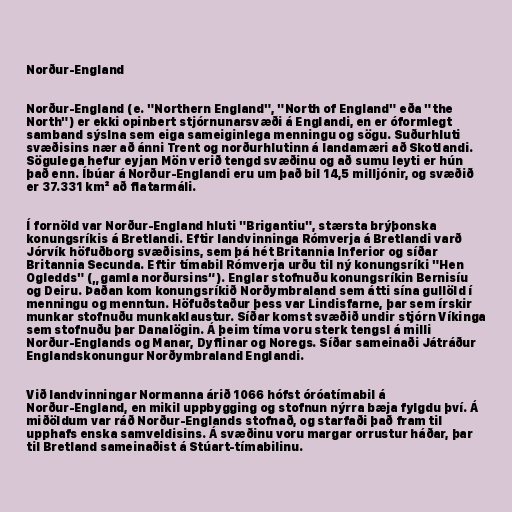
Norður-England

Norður-England (e. "Northern England", "North of England" eða "the
North") er ekki opinbert stjórnunarsvæði á Englandi, en er óformlegt
samband sýslna sem eiga sameiginlega menningu og sögu. Suðurhluti
svæðisins nær að ánni Trent og norðurhlutinn á landamæri að Skotlandi.
Sögulega hefur eyjan Mön verið tengd svæðinu og að sumu leyti er hún
það enn. Íbúar á Norður-Englandi eru um það bil 14,5 milljónir, og svæðið
er 37.331 km² að flatarmáli.

Í fornöld var Norður-England hluti "Brigantiu", stærsta brýþonska
konungsríkis á Bretlandi. Eftir landvinninga Rómverja á Bretlandi varð
Jórvík höfuðborg svæðisins, sem þá hét Britannia Inferior og síðar
Britannia Secunda. Eftir tímabil Rómverja urðu til ný konungsríki "Hen
Ogledds" („gamla norðursins“). Englar stofnuðu konungsríkin Bernisíu
og Deiru. Þaðan kom konungsríkið Norðymbraland sem átti sína gullöld í
menningu og menntun. Höfuðstaður þess var Lindisfarne, þar sem írskir
munkar stofnuðu munkaklaustur. Síðar komst svæðið undir stjórn Víkinga
sem stofnuðu þar Danalögin. Á þeim tíma voru sterk tengsl á milli
Norður-Englands og Manar, Dyflinar og Noregs. Síðar sameinaði Játráður
Englandskonungur Norðymbraland Englandi.

Við landvinningar Normanna árið 1066 hófst óróatímabil á
Norður-England, en mikil uppbygging og stofnun nýrra bæja fylgdu því. Á
miðöldum var ráð Norður-Englands stofnað, og starfaði það fram til
upphafs enska samveldisins. Á svæðinu voru margar orrustur háðar, þar
til Bretland sameinaðist á Stúart-tímabilinu.